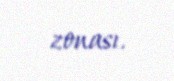
zonası.